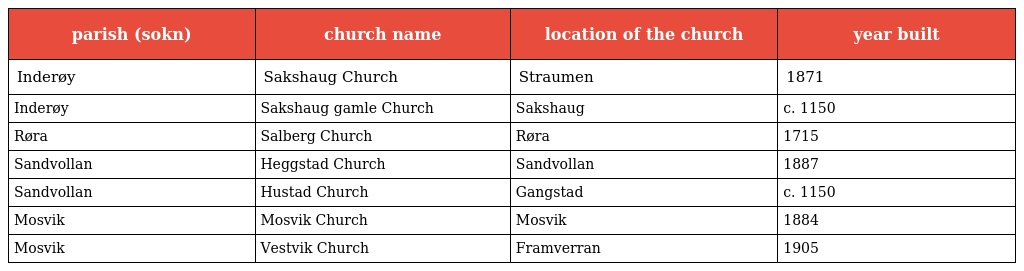
| parish (sokn) | church name | location of the church | year built |
 | --- | --- | --- | --- |
 | Inderøy | Sakshaug Church | Straumen | 1871 |
 | Inderøy | Sakshaug gamle Church | Sakshaug | c. 1150 |
 | Røra | Salberg Church | Røra | 1715 |
 | Sandvollan | Heggstad Church | Sandvollan | 1887 |
 | Sandvollan | Hustad Church | Gangstad | c. 1150 |
 | Mosvik | Mosvik Church | Mosvik | 1884 |
 | Mosvik | Vestvik Church | Framverran | 1905 |